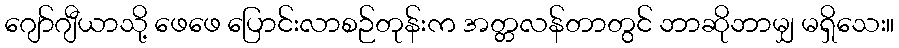
ဂျော်ဂျီယာသို့ ဖေဖေ ပြောင်းလာစဉ်တုန်းက အတ္တလန်တာတွင် ဘာဆိုဘာမျှ မရှိသေး။